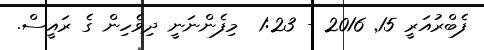
ފެބްރުއަރީ 15